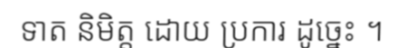
ទាត និមិត្ត ដោយ ប្រការ ដូច្នេះ ។